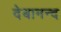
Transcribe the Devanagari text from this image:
देबानन्द